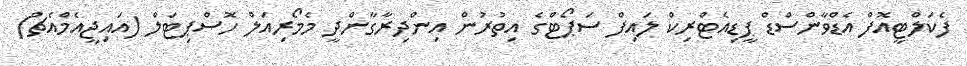
ފެކަލްޓީއޮފް އެޑްވާންސްޑް ޕީޑިއެޓްރިކް ލައިފް ސަޕޯޓްގެ އިތުރުން އިންދިރާގާންދީ މެމޯރިއަލް ހޮސްޕިޓަލް (އައިޖީއެމްއެޗް)